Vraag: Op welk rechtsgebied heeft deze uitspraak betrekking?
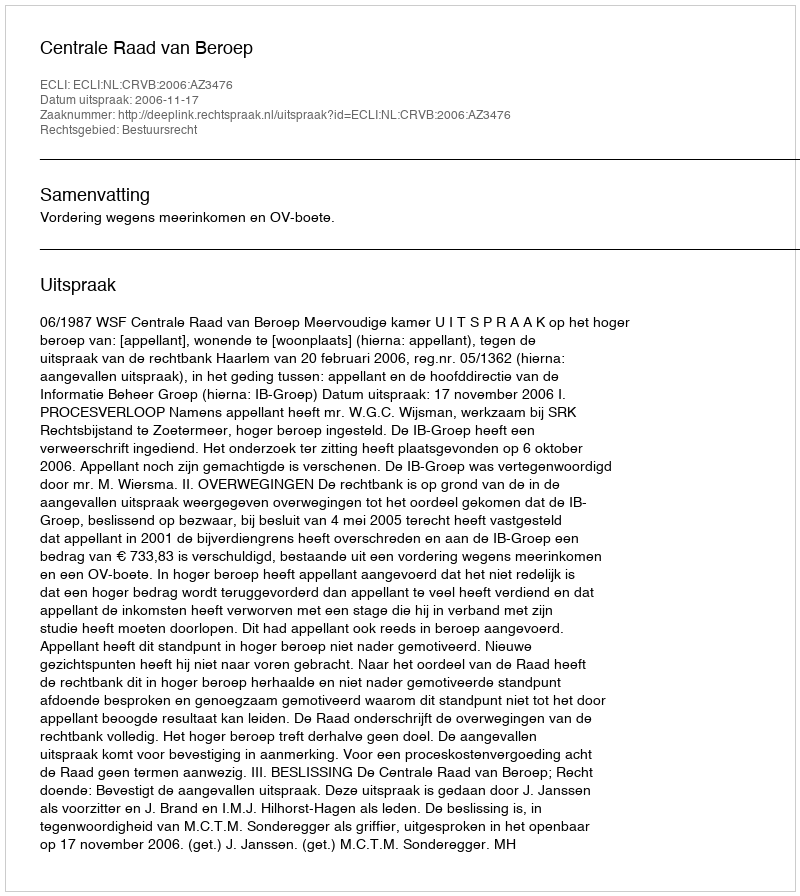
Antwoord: Bestuursrecht